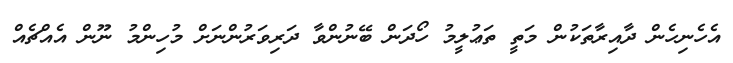
އެހެނިހެން ދާއިރާތަކުން މަތީ ތަޢުލީމު ހޯދަން ބޭނުންވާ ދަރިވަރުންނަށް މުހިންމު ނޫން އެއްޗެއް